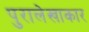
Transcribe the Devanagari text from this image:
पुरालेखाकार